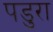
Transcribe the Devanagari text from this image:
पडुरा